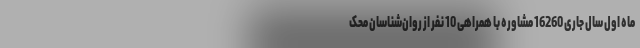
ماه اول سال جاری 16260 مشاوره با همراهی 10 نفر از روان‌شناسان محک